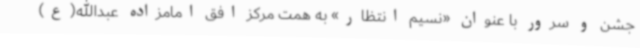
جشن و سرور با عنوان «نسیم انتظار» به همت مرکز افق امامزاده عبدالله(ع)